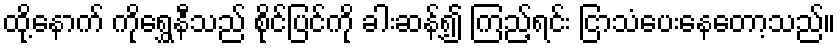
ထို့နောက် ကိုရွှေနီသည် စိုင်ပြင်ကို ခါးဆန့်၍ ကြည့်ရင်း ငြာသံပေးနေတော့သည်။